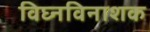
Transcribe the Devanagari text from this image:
विघ्नविनाशक